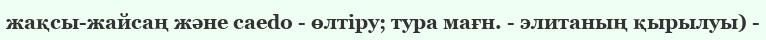
жақсы-жайсаң және caedo - өлтіру; тура мағн. - элитаның қырылуы) -